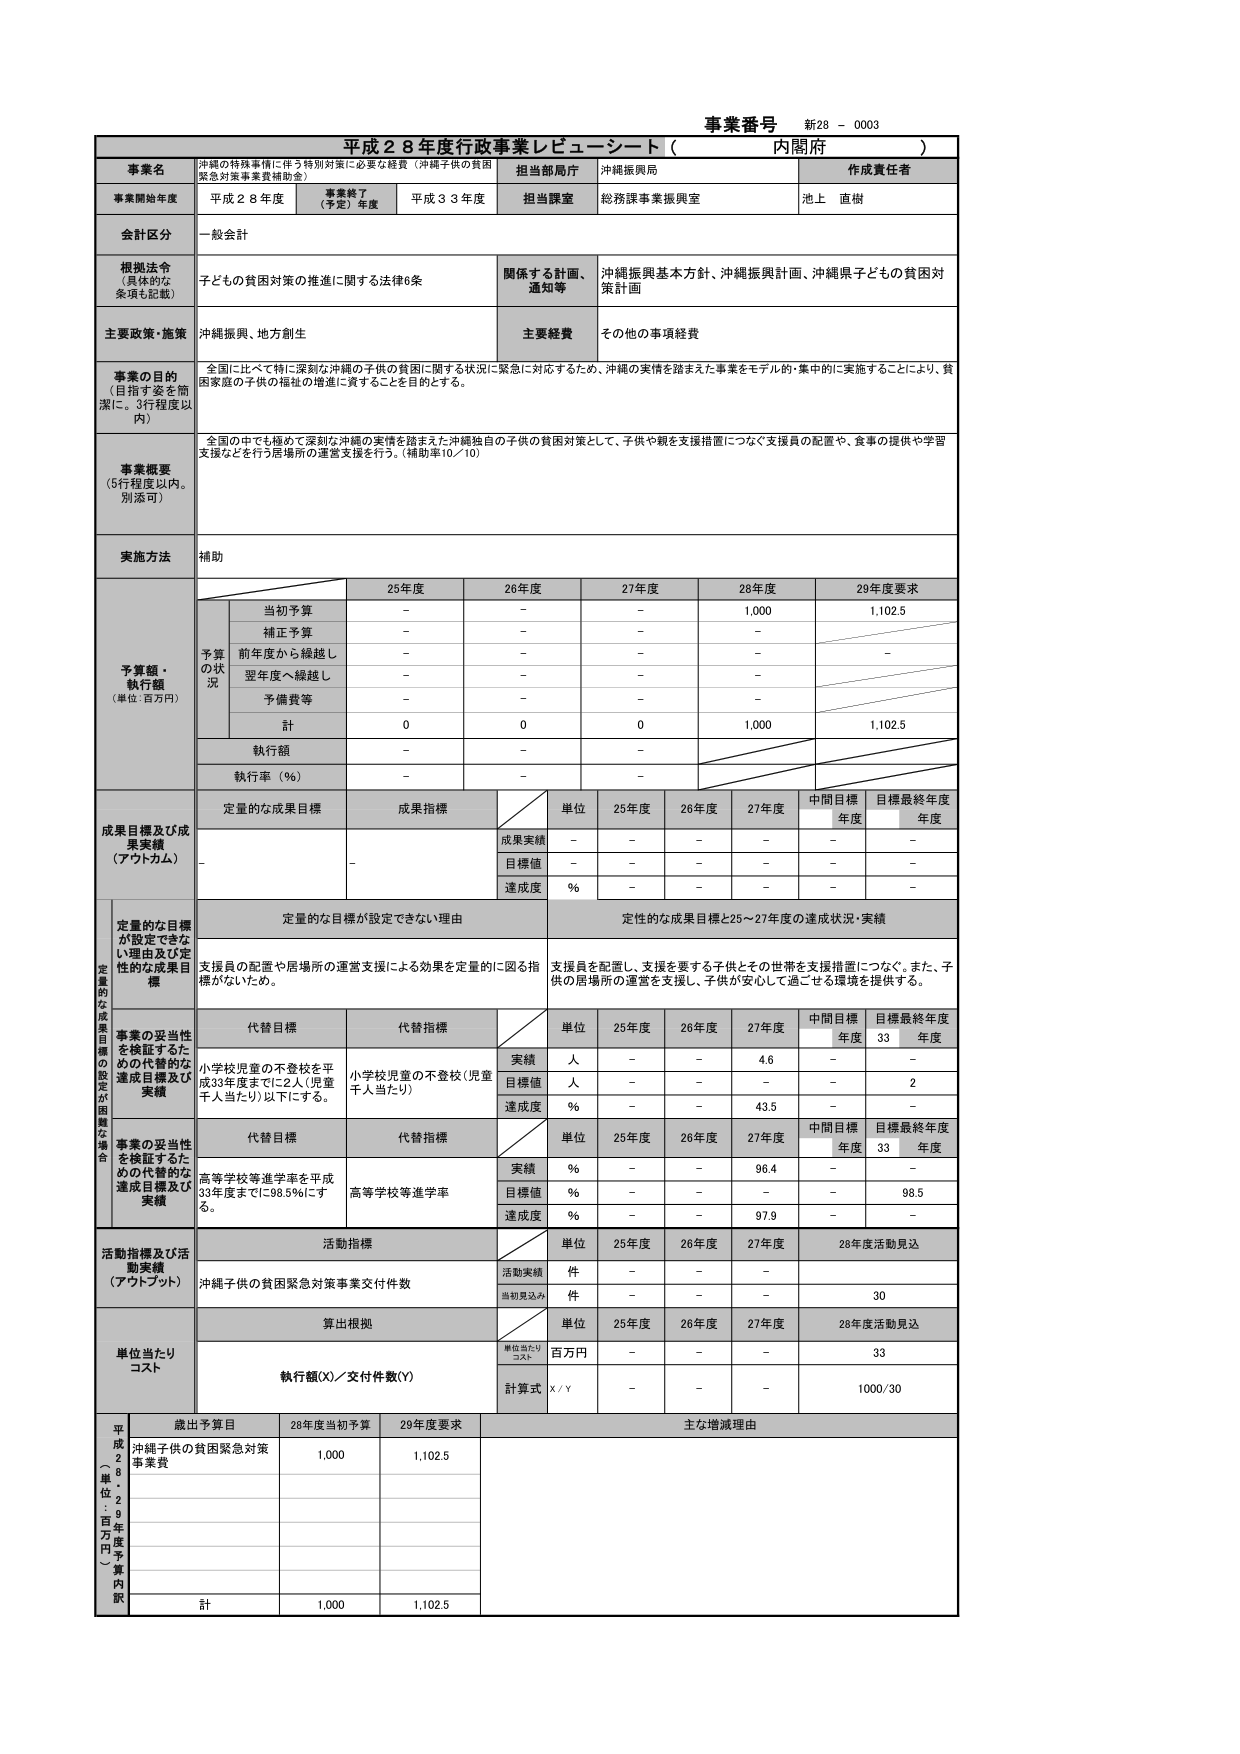
事業番号 新28 - 0003
平成２８年度行政事業レビューシート（ 内閣府 ）

事業名 沖縄の特殊事情に伴う特別対策に必要な経費（沖縄子供の貧困緊急対策事業費補助金）
担当部局庁 沖縄振興局
作成責任者 池上 直樹

事業開始年度 平成２８年度 事業終了（予定）年度 平成３３年度 担当課室 総務課事業振興室

会計区分 一般会計

根拠法令（具体的な条項も記載） 子どもの貧困対策の推進に関する法律6条 関係する計画、通知等 沖縄振興基本方針、沖縄振興計画、沖縄県子どもの貧困対策計画

主要政策・施策 沖縄振興、地方創生 主要経費 その他の事項経費

事業の目的（目指す姿を簡潔に。3行程度以内）
全国に比べて特に深刻な沖縄の子供の貧困に関する状況に緊急に対応するため、沖縄の実情を踏まえた事業をモデル的・集中的に実施することにより、貧困家庭の子供の福祉の増進に資することを目的とする。

事業概要（5行程度以内。別添可）
全国の中でも極めて深刻な沖縄の実情を踏まえた沖縄独自の子供の貧困対策として、子供や親を支援措置につなぐ支援員の配置や、食事の提供や学習支援などを行う居場所の運営支援を行う。（補助率10／10）

実施方法 補助

予算額・執行額（単位：百万円）
25年度 26年度 27年度 28年度 29年度要求
当初予算 - - - 1,000 1,102.5
補正予算 - - - -
前年度から繰越し - - - - -
翌年度へ繰越し - - - -
予備費等 - - - -
計 0 0 0 1,000 1,102.5
執行額 - - -
執行率（％） - - -

成果目標及び成果実績（アウトカム）
定量的な成果目標 成果指標 単位 25年度 26年度 27年度 中間目標年度 目標最終年度年度
成果実績 - - - - - -
目標値 - - - - -
達成度 ％ - - - - -

定量的な目標が設定できない理由 定性的な成果目標と25～27年度の達成状況・実績

定量的な成果目標が設定できない理由及び定量的な成果目標
支援員の配置や居場所の運営支援による効果を定量的に図る指標がないため。
支援員を配置し、支援を要する子供とその世帯を支援措置につなぐ。また、子供の居場所の運営を支援し、子供が安心して過ごせる環境を提供する。

事業の妥当性を検証するための代替的な達成目標及び実績
代替目標 代替指標 単位 25年度 26年度 27年度 中間目標年度 目標最終年度年度
小学校児童の不登校を平成33年度までに2人（児童千人当たり）以下にする。 小学校児童の不登校（児童千人当たり） 実績 人 - - 4.6 - -
目標値 人 - - - - 2
達成度 ％ - - 43.5 - -

代替目標 代替指標 単位 25年度 26年度 27年度 中間目標年度 目標最終年度年度
高等学校等進学率を平成33年度までに98.5％にする。 高等学校等進学率 実績 ％ - - 96.4 - -
目標値 ％ - - - - 98.5
達成度 ％ - - 97.9 - -

活動指標及び活動実績（アウトプット）
活動指標 単位 25年度 26年度 27年度 28年度活動見込
沖縄子供の貧困緊急対策事業交付件数 活動実績 件 - - -
当初見込み 件 - - - 30

単位当たりコスト
算出根拠 単位 25年度 26年度 27年度 28年度活動見込
単位当たりコスト 百万円 - - - 33
執行額(X)／交付件数(Y) 計算式 X／Y - - - 1000／30

平成28年度（単位：百万円予算内訳）
歳出予算目 28年度当初予算 29年度要求 主な増減理由
沖縄子供の貧困緊急対策事業費 1,000 1,102.5
計 1,000 1,102.5